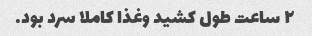
۲ ساعت طول کشید و‌غذا کاملا سرد بود.